Report by Surgeon-Captain Childe, I.M.S. - Part II
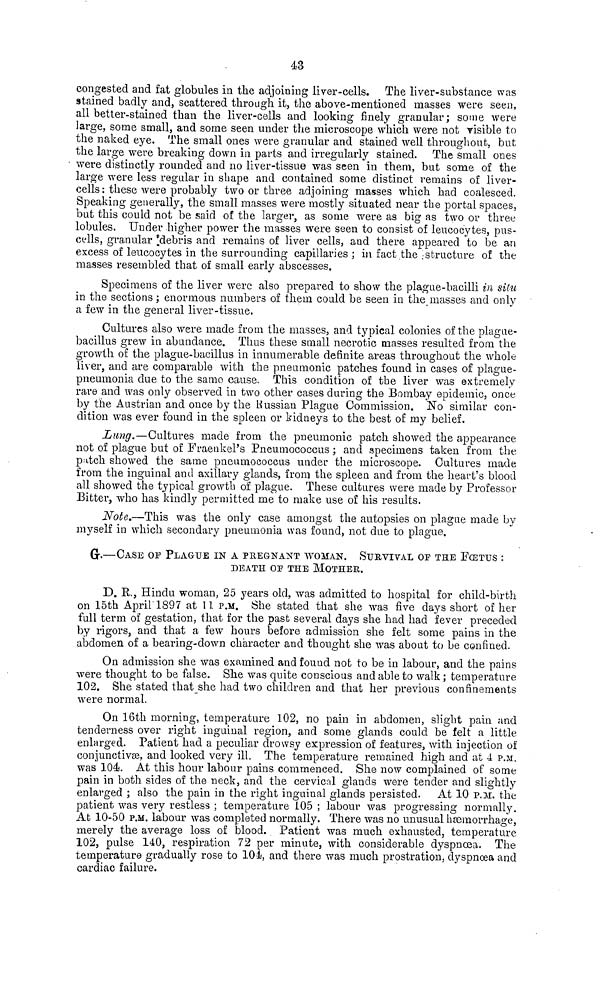
43
congested and fat globules in the adjoining liver-cells. The liver-substance was
stained badly and, scattered through it, the above-mentioned masses were seen,
all better-stained than the liver-cells and looking finely granular; some were
large, some small, and some seen under the microscope which were not visible to
the naked eye. The small ones were granular and stained well throughout, but
the large were breaking down in parts and irregularly stained. The small ones
• were distinctly rounded and no liver-tissue was seen in them, but some of the
large were less regular in shape and contained some distinct remains of liver-
cells : these were probably two or three adjoining masses which had coalesced.
Speaking generally, the small masses were mostly situated near the portal spaces,
but this could not be said of the larger, as some were as big as two or three
lobules. Under higher power the masses were seen to consist of leucocytes, pus-
cells, granular "debris and remains of liver cells, and there appeared to be an
excess of leucocytes in the surrounding capillaries ; in fact the structure of the
masses resembled that of small early abscesses.
Specimens of the liver were also prepared to show the plague-bacilli in situ
in the sections ; enormous numbers of them could be seen in the masses and only
a few in the general liver-tissue.
Cultures also were made from the masses, and typical colonies of the plague-
bacillus grew in abundance. Thus these small necrotic masses resulted from the
growth of the plague-bacillus in innumerable definite areas throughout the whole
liver, and are comparable with the pneumonic patches found in cases of plague-
pneumonia due to the same cause. This condition of the liver was extremely
rare and was only observed in two other cases during the Bombay epidemic, once
by the Austrian and once by the Russian Plague Commission. No similar con-
dition was ever found in the spleen or kidneys to the best of my belief.
Lung.—Cultures made from the pneumonic patch showed the appearance
not of plague but of Fraenkel's Pneumococcus ; and specimens taken from the
patch showed the same pneumococcus under the microscope. Cultures made
from the inguinal and axillary glands, from the spleen and from the heart's blood
all showed the typical growth of plague. These cultures were made by Professor
Bitter, who has kindly permitted me to make use of his results.
Note.—This was the only case amongst the autopsies on plague made by
myself in which secondary pneumonia was found, not due to plague.
(G.—CASE OP PLAGUE IN A PREGNANT WOMAN. SURVIVAL OF THE FOCETUS :
DEATH OF THE MOTHER.
D. R., Hindu woman, 25 years old, was admitted to hospital for child-birth
on 15th April'1897 at 11 P.M. She stated that she was five days short of her
full term of gestation, that for the past several days she had had fever preceded
by rigors, and that a few hours before admission she felt some pains in the
abdomen of a bearing-down character and thought she was about to be confined.
On admission she was examined and fouud not to be in labour, and the pains
were thought to be false. She was quite conscious and able to walk; temperature
102. She stated that she had two children and that her previous confinements
were normal.
On 16th morning, temperature 102, no pain in abdomen, slight pain and
tenderness over right inguinal region, and some glands could be felt a little
enlarged. Patient had a peculiar drowsy expression of features, with injection of
conjunctivas, and looked very ill. The temperature remained high and at 4 P.M.
was 104. At this hour labour pains commenced. She now complained of some
pain in both sides of the neck, and the cervical glands were tender and slightly
enlarged ; also the pain in the right inguinal glands persisted. At 10 P.M. the
patient was very restless ; temperature 105 ; labour was progressing normally.
Ab 10-50 P.M. labour was completed normally. There was no unusual haemorrhage,
merely the average loss of blood. Patient was much exhausted, temperature
102, pulse 140, respiration 72 per minute, with considerable dyspnoea. The
temperature gradually rose to 104, and there was much prostration, dyspnoea and
cardiac failure.